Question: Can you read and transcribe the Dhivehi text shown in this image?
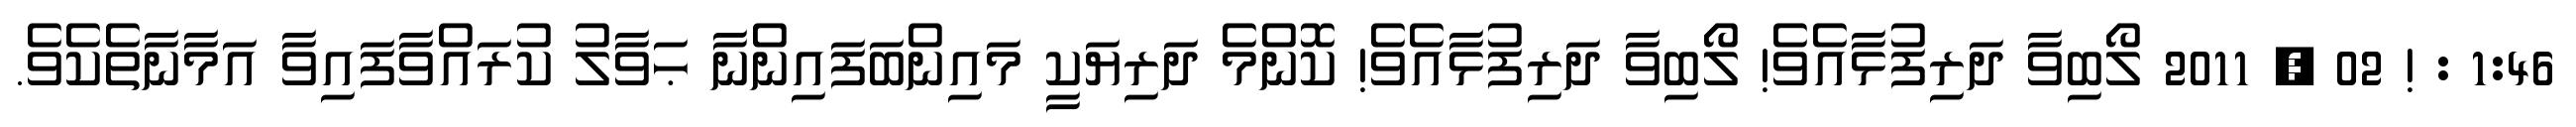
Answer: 1:46 : ! 02 , 2011 ލޯބިވާ ދަރިފުޅާއެވެ! ލޯބިވާ ދަރިފުޅާއެވެ! ކޮންމެ ދަރިޔަކީ މައިންބަފައިންނާ ޙަވާލު ކުރައްވާފައިވާ އަމާނާތެކެވެ.